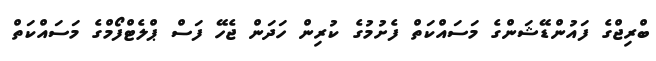
ބްރިޖްގެ ފައުންޑޭޝަންގެ މަސައްކަތް ފެށުމުގެ ކުރިން ހަދަން ޖެހޭ ފަސް ޕްލެޓްފޯމްގެ މަސައްކަތް